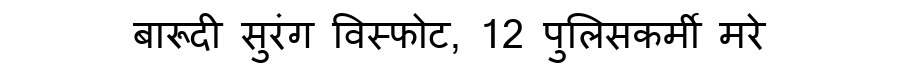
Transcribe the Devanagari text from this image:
बारूदी सुरंग विस्फोट, 12 पुलिसकर्मी मरे